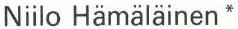
Niilo Hämäläinen *